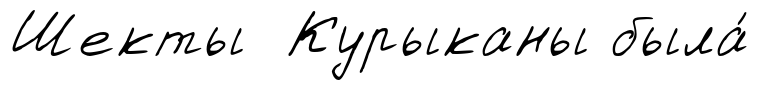
Шекты Курыканы была́